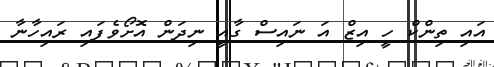
އައި ތިންކް ހީ އިޒް އަ ނައިސް ގާއީ ނިދަން އޮށޯވެފައި ރައިހާނާ